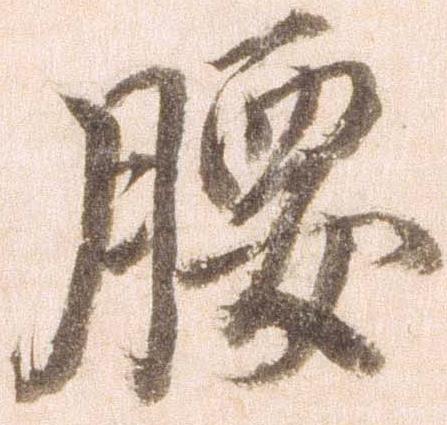
腰